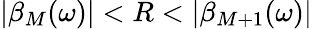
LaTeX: |\beta_{M}(\omega)|<R<|\beta_{M+1}(\omega)|